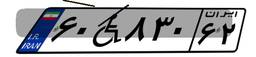
۶۰W۸۳۰۶۲